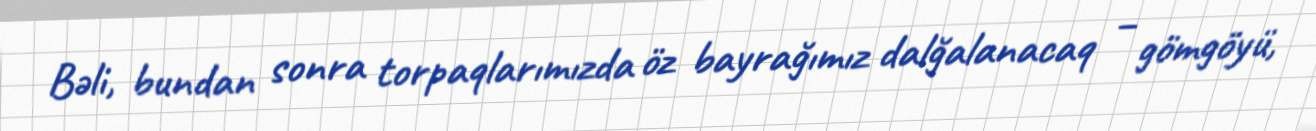
Bəli, bundan sonra torpaqlarımızda öz bayrağımız dalğalanacaq – gömgöyü,